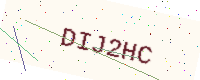
Text: DIJ2HC